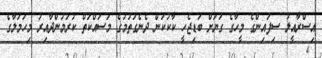
އިސްރާއީލު ސިފައިންގެ މީހާގެ ގަޔަށް ބަޑިޖެހީ ކާކުކަން ދެނެގަތުމުގެ މަސައްކަތް ކުރަމުންދާއިރު މިހަމަލާގެ